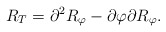
\begin{align*}R_T=\partial^2R_\varphi-\partial\varphi\partial R_\varphi.\end{align*}